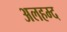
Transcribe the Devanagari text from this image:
अलहम्द